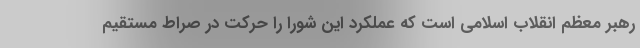
رهبر معظّم انقلاب اسلامی است که عملکرد این شورا را حرکت در صراط مستقیم